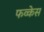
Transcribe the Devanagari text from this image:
फव्केस